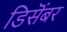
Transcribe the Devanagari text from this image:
डिसॆंबर